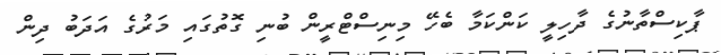
ޕާކިސްތާނުގެ ދާހިލީ ކަންކަމާ ބެހޭ މިނިސްޓްރީން ބުނި ގޮތުގައި މަރުގެ އަދަބު ދިން